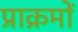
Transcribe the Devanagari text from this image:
प्राक्रमों